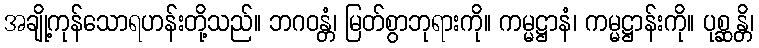
အချို့ကုန်သောရဟန်းတို့သည်။ ဘဂဝန္တံ၊ မြတ်စွာဘုရားကို။ ကမ္မဋ္ဌာနံ၊ ကမ္မဋ္ဌာန်းကို။ ပုစ္ဆန္တိ၊